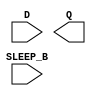
module sky130_fd_sc_hd__lpflow_inputisolatch (
    //# {{data|Data Signals}}
    input  D      ,
    output Q      ,

    //# {{power|Power}}
    input  SLEEP_B
);

    // Voltage supply signals
    supply1 VPWR;
    supply0 VGND;
    supply1 VPB ;
    supply0 VNB ;

endmodule